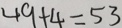
4 9 + 4 = 5 3